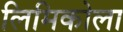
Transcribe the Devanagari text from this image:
लिमिकोला